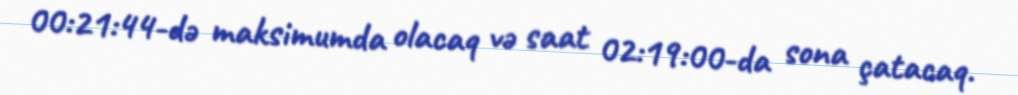
00:21:44-də maksimumda olacaq və saat 02:19:00-da sona çatacaq.